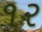
૧ર